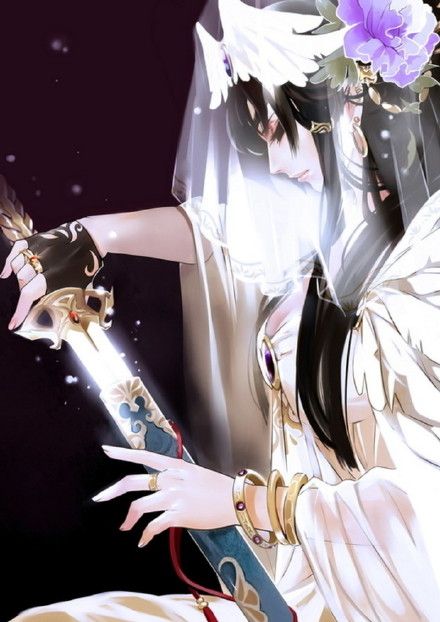
休言女子非英物，夜夜龙泉壁上鸣。